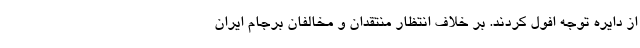
از دایره توجه افول کردند. بر خلاف انتظار منتقدان و مخالفان برجام ایران